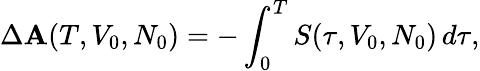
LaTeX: \Delta\mathbf{A}(T,V_{0},N_{0})=-\int_{0}^{T}S(\tau,V_{0},N_{0})\, d\tau,